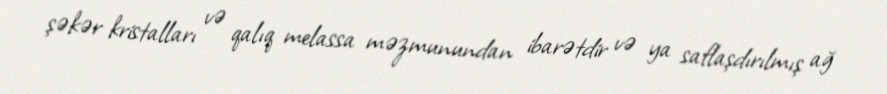
şəkər kristalları və qalıq melassa məzmunundan ibarətdir və ya saflaşdırılmış ağ